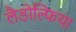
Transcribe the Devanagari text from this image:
लैडोल्फिया